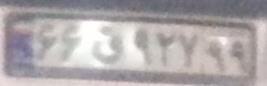
۶۶ق۹۲۷۹۹